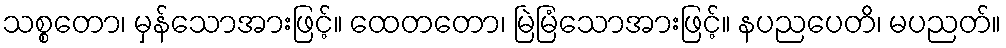
သစ္စတော၊ မှန်သောအားဖြင့်။ ထေတတော၊ မြဲမြံသောအားဖြင့်။ နပညပေတိ၊ မပညတ်။